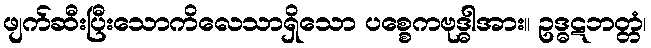
ဖျက်ဆီးပြီးသောကိလေသာရှိသော ပစ္စေကဗုဒ္ဓါအား။ ဥဒ္ဓဋဘတ္တံ၊